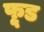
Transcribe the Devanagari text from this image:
फू़्ड